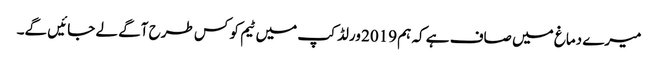
میرے دماغ میں صاف ہے کہ ہم 2019 ورلڈ کپ میں ٹیم کو کس طرح آگے لے جائیں گے۔